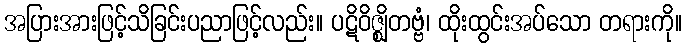
အပြားအားဖြင့်သိခြင်းပညာဖြင့်လည်း။ ပဋိဝိဇ္ဈိတဗ္ဗံ၊ ထိုးထွင်းအပ်သော တရားကို။